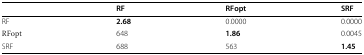
<table><thead><tr><td></td><td><b>RF</b></td><td><b>RFopt</b></td><td><b>SRF</b></td></tr></thead><tbody><tr><td>RF</td><td><b>2.68</b></td><td>0.0000</td><td>0.0000</td></tr><tr><td>RFopt</td><td>648</td><td><b>1.86</b></td><td>0.0045</td></tr><tr><td>SRF</td><td>688</td><td>563</td><td><b>1.45</b></td></tr></tbody></table>